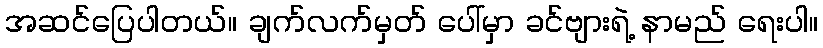
အဆင်ပြေပါတယ်။ ချက်လက်မှတ် ပေါ်မှာ ခင်ဗျားရဲ့ နာမည် ရေးပါ။